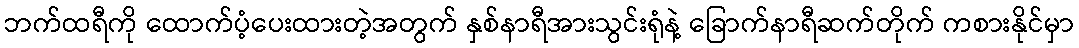
ဘက်ထရီကို ထောက်ပံ့ပေးထားတဲ့အတွက် နှစ်နာရီအားသွင်းရုံနဲ့ ခြောက်နာရီဆက်တိုက် ကစားနိုင်မှာ